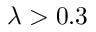
\lambda > 0 . 3